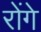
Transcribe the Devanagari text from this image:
रोंगे